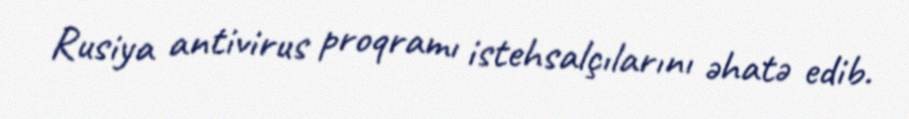
Rusiya antivirus proqramı istehsalçılarını əhatə edib.